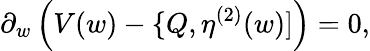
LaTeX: \partial_{w}\, \Big(V(w)-\{ Q,\eta^{(2)}(w)]\Big)=0,